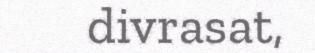
divrasat,